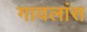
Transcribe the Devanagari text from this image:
गायलांस